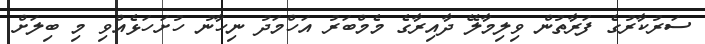
ސަރުކާރުގެ ފަރާތުން ވިލިމާލޭ ދާއިރާގެ މެމްބަރު އަހްމަދު ނިހާނު ހުށަހަޅެއްވި މި ބިލަށް